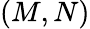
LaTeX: (M,N)